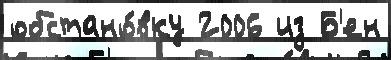
обстано́вку 2006 из Б'ен